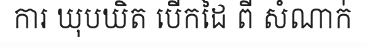
ការ ឃុបឃិត បើកដៃ ពី សំណាក់